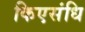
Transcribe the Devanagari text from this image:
किएसंधि